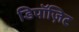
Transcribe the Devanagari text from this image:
डिपॉज़िट